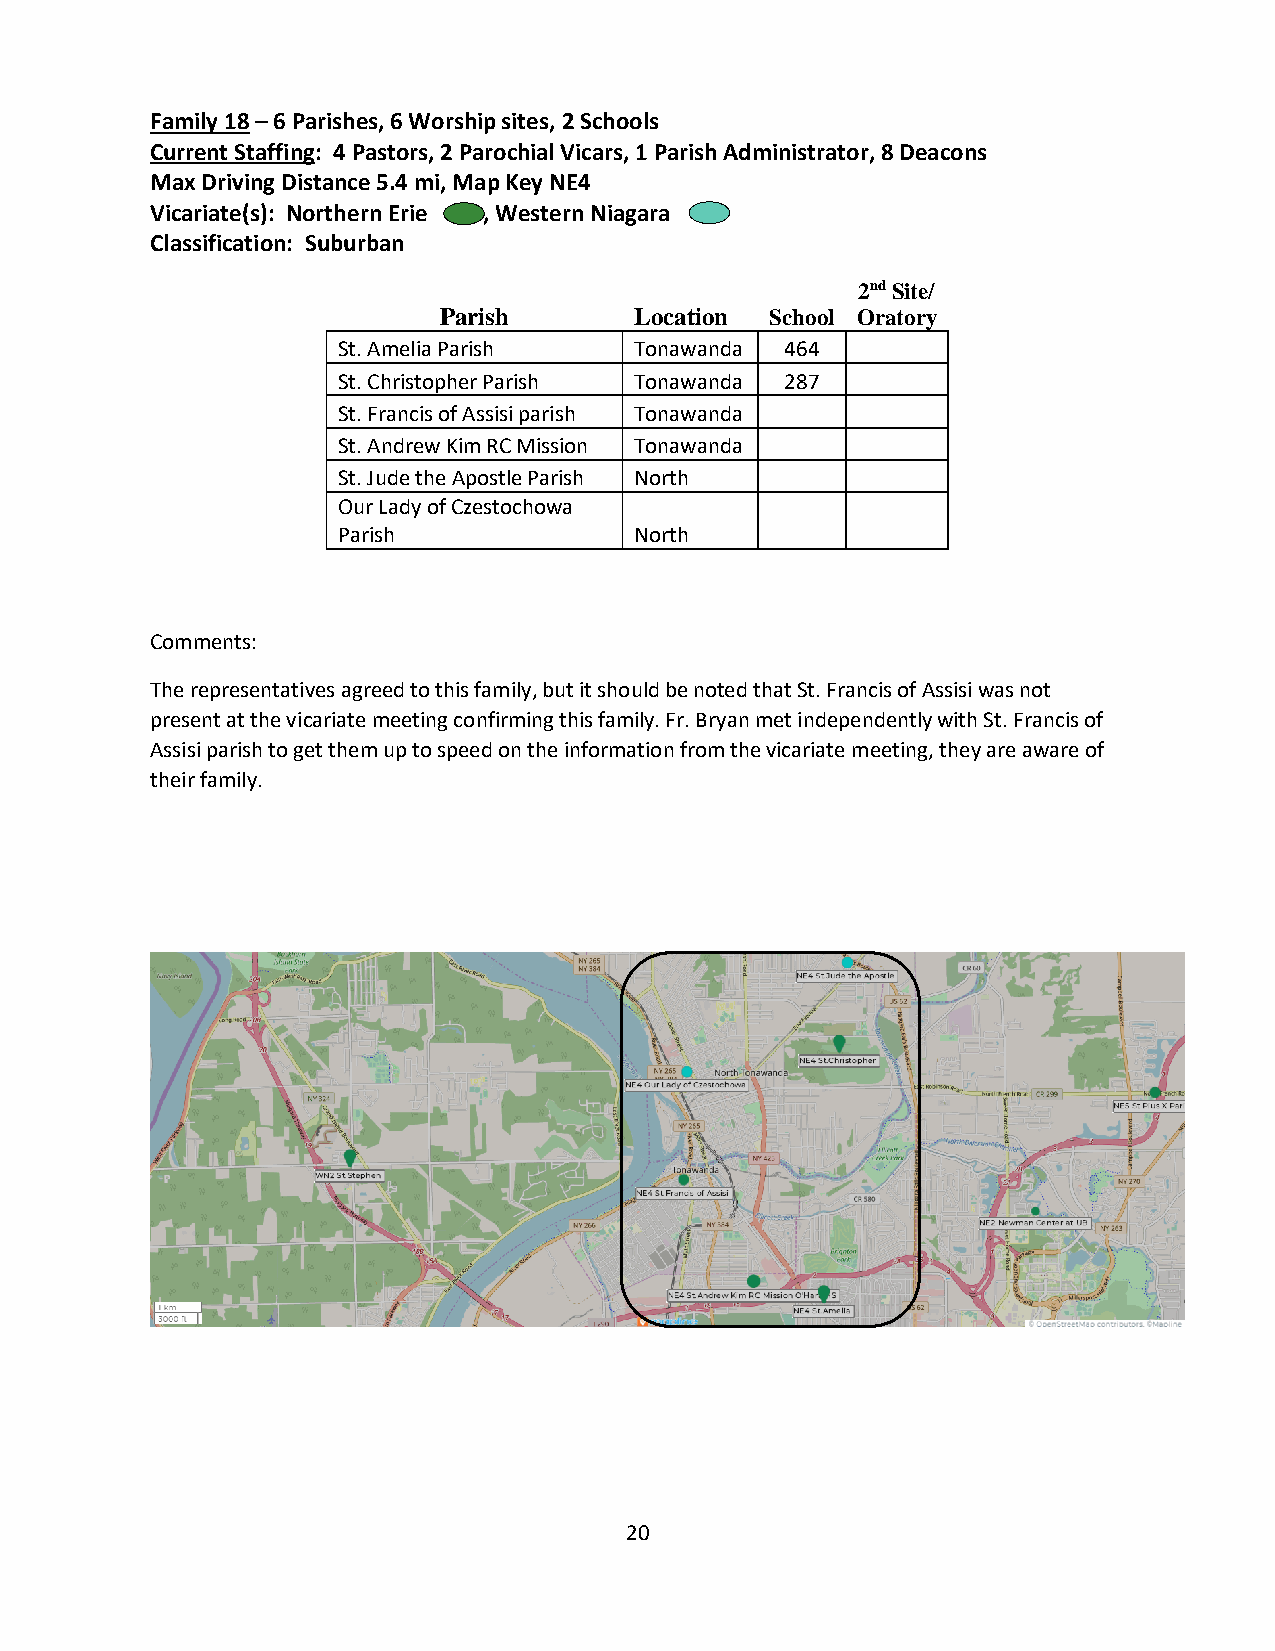
Family 18 – 6 Parishes, 6 Worship sites, 2 Schools
 Current Staffing: 4 Pastors, 2 Parochial Vicars, 1 Parish Administrator, 8 Deacons
 Max Driving Distance 5.4 mi, Map Key NE4
 Vicariate(s): Northern Erie , Western Niagara
 Classification: Suburban
 2nd Site/
 Parish       Location School Oratory
 St. Amelia Parish   Tonawanda 464
 St. Christopher Parish Tonawanda 287
 St. Francis of Assisi parish Tonawanda
 St. Andrew Kim RC Mission Tonawanda
 St. Jude the Apostle Parish North
 Our Lady of Czestochowa
 Parish              North
 Comments:
 The representatives agreed to this family, but it should be noted that St. Francis of Assisi was not
 present at the vicariate meeting confirming this family. Fr. Bryan met independently with St. Francis of
 Assisi parish to get them up to speed on the information from the vicariate meeting, they are aware of
 their family.
 20